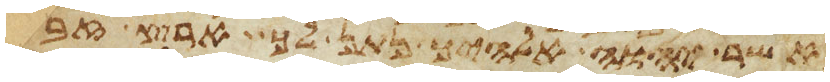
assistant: אשר יהוה אלהיך נתן לך ארץ זבת